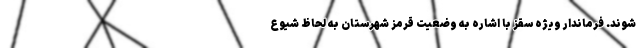
شوند. فرماندار ویژه سقز با اشاره به وضعیت قرمز شهرستان به لحاظ شیوع